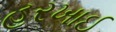
હરખાઈ